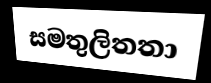
සමතුලිතතා